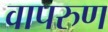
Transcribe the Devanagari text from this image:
वापरुण